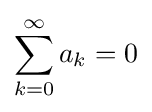
\sum _{k=0}^{\infty }a_{k}=0